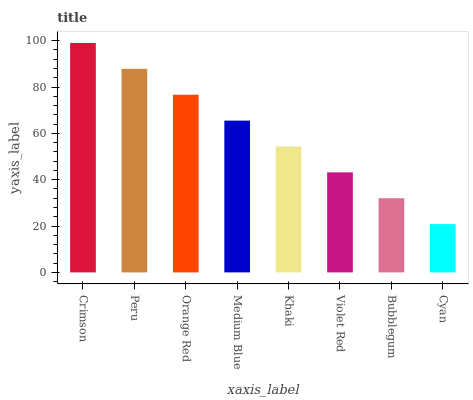
| xaxis_label | bars |
 | --- | --- |
 | Crimson | 99 |
 | Peru | 87.8 |
 | Orange Red | 76.7 |
 | Medium Blue | 65.5 |
 | Khaki | 54.3 |
 | Violet Red | 43.2 |
 | Bubblegum | 32 |
 | Cyan | 20.8 |